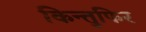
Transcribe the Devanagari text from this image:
किन्तुफिर